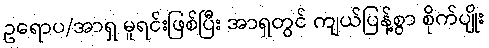
ဥရောပ/အာရှ မူရင်းဖြစ်ပြီး အာရှတွင် ကျယ်ပြန့်စွာ စိုက်ပျိုး